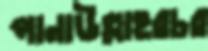
পানাউল্লাহরচর